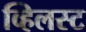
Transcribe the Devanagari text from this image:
व्हिलस्ट